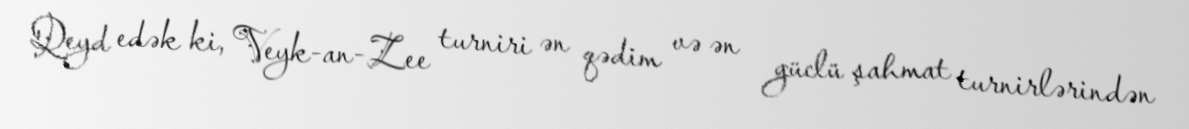
Qeyd edək ki, Veyk-an-Zee turniri ən qədim və ən güclü şahmat turnirlərindən